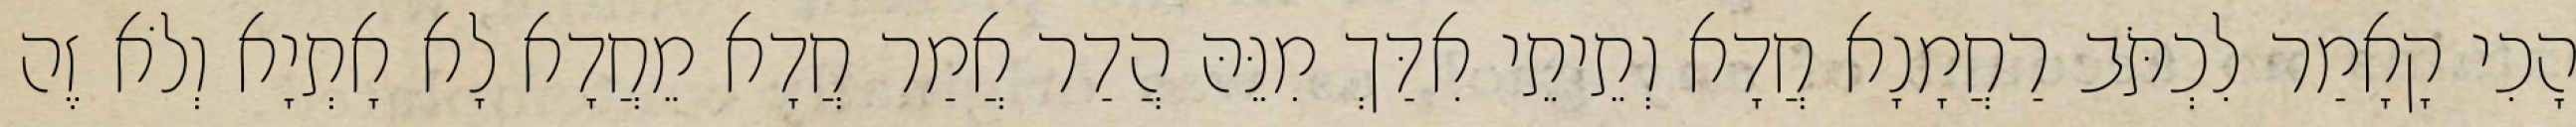
הָכִי קָאָמַר לִכְתֹּב רַחֲמָנָא חֲדָא וְתֵיתֵי אִדַּךְ מִנֵּהּ הֲדַר אֲמַר חֲדָא מֵחֲדָא לָא אָתְיָא וְלֹא זֶה